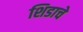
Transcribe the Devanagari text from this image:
शिडाचे